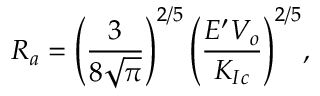
{ \displaystyle R _ { a } = \left( \frac { 3 } { 8 \sqrt { \pi } } \right) ^ { 2 / 5 } \left( \frac { E ^ { \prime } V _ { o } } { K _ { I c } } \right) ^ { 2 / 5 } } ,